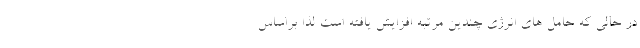
در حالی که حامل های انرژی چندین مرتبه افزایش یافته است لذا براساس